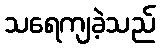
သရေကျခဲ့သည်